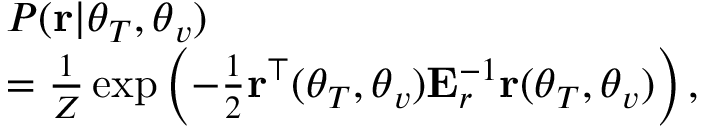
\begin{array} { r l } & { P ( { \bf r } | \boldsymbol { \theta } _ { T } , \boldsymbol { \theta } _ { v } ) } \\ & { = \frac { 1 } { Z } \exp \left( - \frac { 1 } { 2 } { \bf r } ^ { \top } ( \boldsymbol { \theta } _ { T } , \boldsymbol { \theta } _ { v } ) { \bf E } _ { r } ^ { - 1 } { \bf r } ( \boldsymbol { \theta } _ { T } , \boldsymbol { \theta } _ { v } ) \right) , } \end{array}